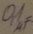
Text: 0,1µF